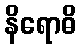
နိရောဓိ